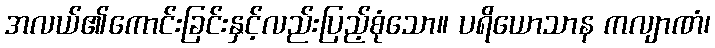
အလယ်၏ကောင်းခြင်းနှင့်လည်းပြည့်စုံသော။ ပရိယောသာန ကလျာဏံ၊